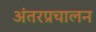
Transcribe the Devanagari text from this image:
अंतरप्रचालन